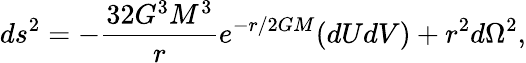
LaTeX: ds^{2}=-{\frac{32G^{3}M^{3}}{r}}e^{-r/2GM}(dUdV)+r^{2}d\Omega^{2},